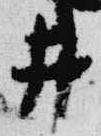
井